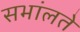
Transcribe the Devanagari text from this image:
सभांलते